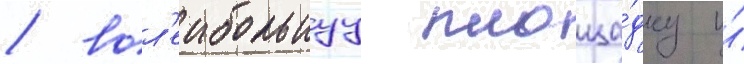
/ вол'еибольнуу площа́дку и́